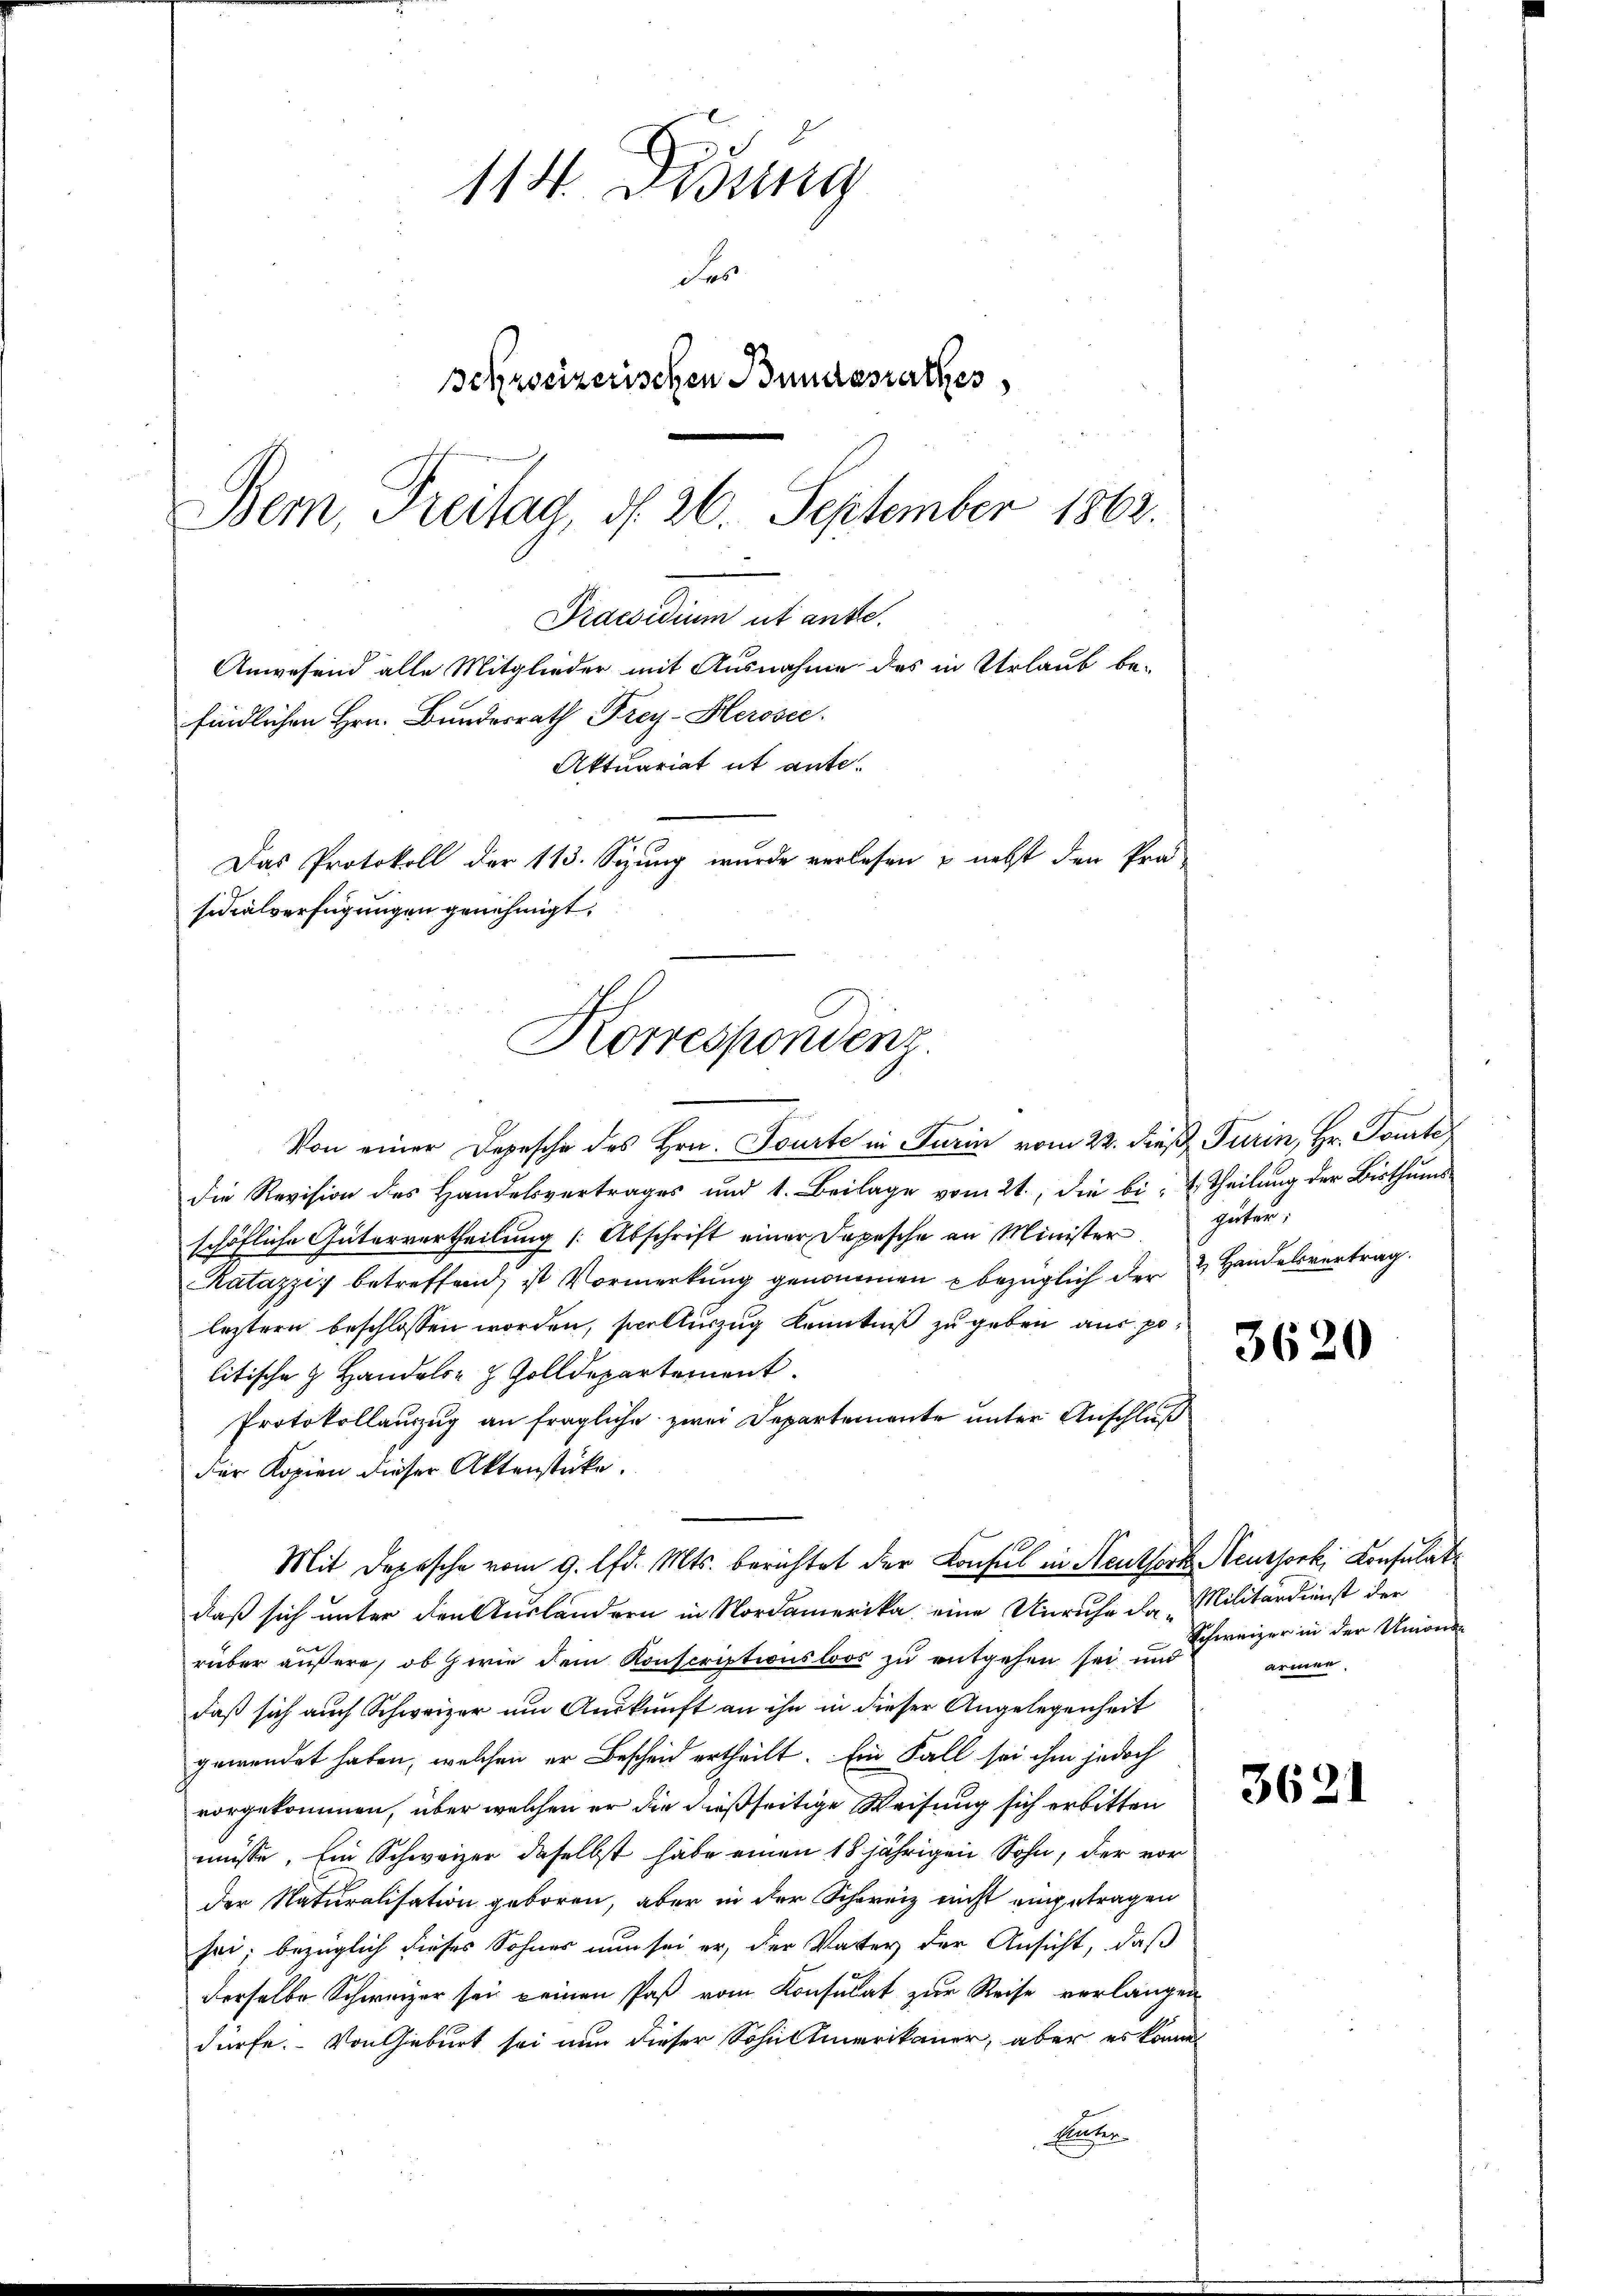
114. Disung
des
sekreizerischen Bundesrathes
Bem, Freitag, d. 26. September 1863.

findlichen Hrn. Bundesrath Frey-Slerosee.
Aktuariat it ante.
Das Protokoll der 113. Sizung wurde verlesen & nebst den Prä-
sidialverfügungen genehmigt.
Korrespondenz.

Praesidium ut ande
Anwesend alle Mitglieder mit Ausnahme des in Urlaub be-

Von einer Depesche des Hrn. Tourte in Turin vom 22. dieß Turin, Hr. Tourte
die Revision des Handelsvertrages und 1. Beilage vom 21., die bi-  Theilung der Bisthums
schöfliche Gütervertheilŭng (Abschrift einer Depesche an Minister güter;
Ratazzi betreffend, ist Vormerkung genommen bezüglich der Handelsvertrag
leztern beschlossen worden, sollerzug Kenntniß zu geben aus po
litische z. Handels- & Zolldepartement.
Protokollauzug an fragliche zwei Departemente unter Anschluß
Für Kopien dieser Aktenstücke.
Mit Depesche vom 9. lfd. Mts. berichtet der Konsul in Neuthork Neussork, Konsulat
daß sich unter den Auslandern in Nordamerika, eine Unruhe darüber äußere, ob wie dem Konscriptionsloos zu entgehen sei und
daß sich auch Schweizer um Auskunft an ihn in dieser Angelegenheit
gewendet haben, welchen er Bescheid ertheilt. Ein Fall sei ihm jedoch
vorgekommen, über welchen er die dießseitige Weisung sich erbitten
müsse. Ein Schweizer daselbst habe einen 18 jährigen Sohn, der vorder Naturalisation geboren, aber in der Schweiz nicht eingetragen
sei; bezüglich dieses Sohnes nun sei er, der Vater der Ansicht, daß
derselbe Schweizer sei keinen Paβ vom Konsulat zur Reise verlangen
dürfe. Von Geburt sei nun dieser Sohn Amerikaner, aber es können
Elter

3620

Militärdienst der
Schweizer in der Unionsarmen.

3621